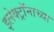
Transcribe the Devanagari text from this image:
इलेक्ट्रॉनाच्या